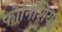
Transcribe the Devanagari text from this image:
फोनिशियन